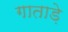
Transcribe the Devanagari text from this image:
गाताड़े